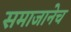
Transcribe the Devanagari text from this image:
समाजानेच